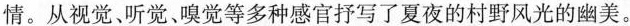
情。从视觉、听觉、嗅觉等多种感官抒写了夏夜的村野风光的幽美。